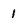
Character: 1